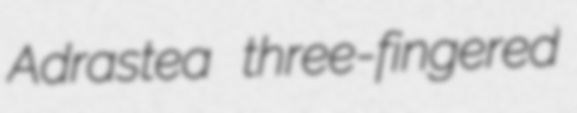
Adrastea three-fingered